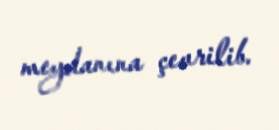
meydanına çevrilib.